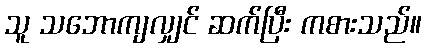
သူ သဘောကျလျှင် ဆက်ပြီး ကစားသည်။